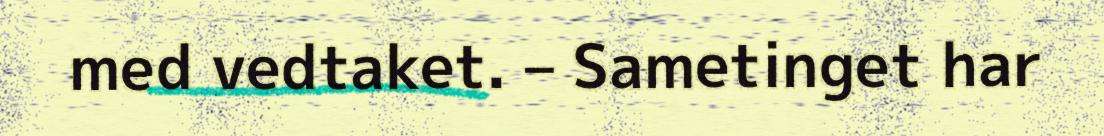
med vedtaket. – Sametinget har